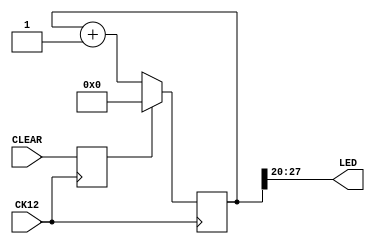
module counter(CLEAR, CK12, LED);
    input CLEAR;        // Set counter=0
    input CK12;     // Clock source
    output [7:0] LED;   // Output display
    
    reg [27:0] count;   // a 28 bit counter
    reg metaclear;      // bring CLEAR into     
                        // our clock domain

    always @(posedge CK12)
    begin
        metaclear <= CLEAR;
        if (metaclear)
            count <= 0;
        else count <= count + 1;
    end

    assign LED = count[27:20]; // Set display

endmodule